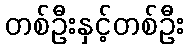
တစ်ဦးနှင့်တစ်ဦး